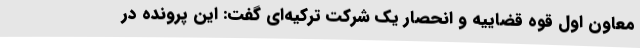
معاون اول قوه قضاییه و انحصار یک شرکت ترکیه‌ای گفت: این پرونده در